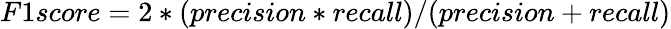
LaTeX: F1score=2*(precision*recall)/(precision+recall)